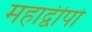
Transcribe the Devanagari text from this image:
महाद्वीपो